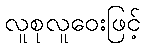
လူစုလူဝေးဖြင့်